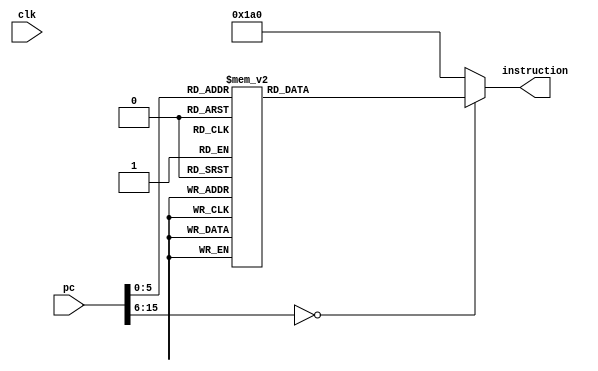
`timescale 1ns / 1ps
module InstructionROM2(
	input clk,
   input [15:0]pc, 
	output [8:0] instruction);
	
reg [8:0]_instOut;
assign instruction = _instOut;

parameter
		add			= 5'b00000,
		sub    		= 5'b00001,
		mv				= 5'b00010,
		mvToAdr    	= 5'b00011,
		mvAdr			= 5'b00100,
		rsAdr			= 5'b00101,
		seti			= 5'b00110,
		mvMath		= 5'b00111,
		mvToMath		= 5'b01000,
		mathToAdr	= 5'b01001,
		setReg		= 5'b01010,
		setCnt		= 5'b01011,
		mvCnt		   = 5'b01100,
		mvToCnt		= 5'b01101,
		rsCnt			= 5'b01110,
		be				= 5'b01111,
		bne			= 5'b10000,
		bez			= 5'b10001,
		bltz		   = 5'b10010,
		bgte			= 5'b10011,
		evu			= 5'b10100,
		evl			= 5'b10101,
		ld				= 5'b10110,
		st		   	= 5'b10111,
		jump			= 5'b11000,
		zeroReg		= 5'b11001,
		halt			= 5'b11010,
		toBeDefined	= 5'b11011;

always @ (*)
begin
    case(pc)
	     0:  begin _instOut={toBeDefined, 4'b0000}; end
		  //----- Factorial Begin
        1:  begin _instOut={seti,			4'b0000}; end
        2:  begin _instOut={mathToAdr,		4'b0000}; end
		  3:  begin _instOut={zeroReg,		4'b0000}; end
		  4:  begin _instOut={ld,				4'b0010}; end
		  5:  begin _instOut={mv,				4'b1001}; end
		  6:  begin _instOut={seti,			4'b0001}; end
		  7:  begin _instOut={sub,				4'b0110}; end
		  8:  begin _instOut={mv,				4'b1011}; end
		  9:  begin _instOut={rsAdr,			4'b0001}; end
		  10: begin _instOut={seti,			4'b1000}; end
		  11: begin _instOut={mathToAdr,		4'b0000}; end
		  12: begin _instOut={seti,			4'b0001}; end
		  13: begin _instOut={mathToAdr,		4'b0100}; end
		  14: begin _instOut={bez,				4'b1100}; end		
		  //----- Multiply Begin
		  //$0=total, $1=op1, $2=op2 
		  15: begin _instOut={rsAdr,			4'b0001}; end
		  16: begin _instOut={seti,			4'b1001}; end
		  17: begin _instOut={mathToAdr,		4'b0000}; end
		  18: begin _instOut={bez,				4'b1000}; end
		  19: begin _instOut={mvToMath,		4'b0000}; end
		  20: begin _instOut={add,				4'b0100}; end
		  21: begin _instOut={seti,			4'b0001}; end
		  22: begin _instOut={sub,				4'b1010}; end
		  23: begin _instOut={rsAdr,			4'b0000}; end
		  24: begin _instOut={seti,			4'b1011}; end
		  25: begin _instOut={mathToAdr,		4'b0000}; end
		  26: begin _instOut={jump,			4'b0000}; end
		  //----- Multiply End
		  27: begin _instOut={mv,				4'b0001}; end
		  28: begin _instOut={zeroReg,		4'b0000}; end
		  29: begin _instOut={seti,			4'b0001}; end
		  30: begin _instOut={sub,				4'b1111}; end
		  31: begin _instOut={mv,				4'b1110}; end
		  32: begin _instOut={rsAdr,			4'b0000}; end
		  33: begin _instOut={seti,			4'b1100}; end
		  34: begin _instOut={mathToAdr,		4'b0000}; end
		  35: begin _instOut={seti,			4'b0001}; end
		  36: begin _instOut={mathToAdr,		4'b0100}; end
		  37: begin _instOut={jump,			4'b0000}; end
		  //----- Factorial End
		  38: begin _instOut={rsAdr,			4'b0001}; end
		  39: begin _instOut={seti,			4'b1111}; end
		  40: begin _instOut={mathToAdr,		4'b0000}; end
		  41: begin _instOut={zeroReg,		4'b0000}; end
		  42: begin _instOut={st,				4'b0001}; end		  
		  
        default: begin _instOut={halt,			4'b0000}; end //halt
    endcase

end
endmodule